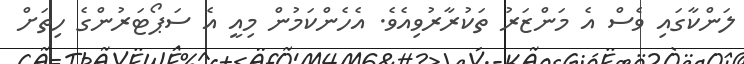
ލަންކާގައި ވެސް އެ މަންޒަރު ތަކުރާރުވިއެވެ. އެހެންކަމުން މިއީ އެ ސަޕޯޓަރުންގެ ހިތަށް